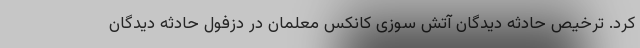
کرد. ترخیص حادثه دیدگان آتش‌ سوزی کانکس معلمان در دزفول حادثه دیدگان